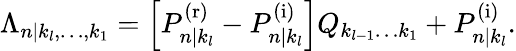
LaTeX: \begin{array}{r}{\Lambda_{n|k_{l},\ldots,k_{1}}=\left[P_{n|k_{l}}^{\mathrm{(r)}}-P_{n|k_{l}}^{\mathrm{(i)}}\right]Q_{k_{l-1}\ldots k_{1}}+P_{n|k_{l}}^{\mathrm{(i)}}.}\end{array}